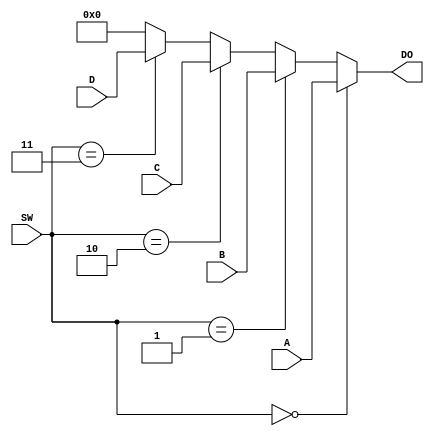
module MUX64_16(
	input [15:0]A,
	input [15:0]B,
	input [15:0]C,
	input [15:0]D,
	input [1:0]SW,
	output [15:0]DO
);

assign DO = (SW == 2'b00) ? A :
			(SW == 2'b01) ? B :
			(SW == 2'b10) ? C :
			(SW == 2'b11) ? D : 16'b0;

endmodule